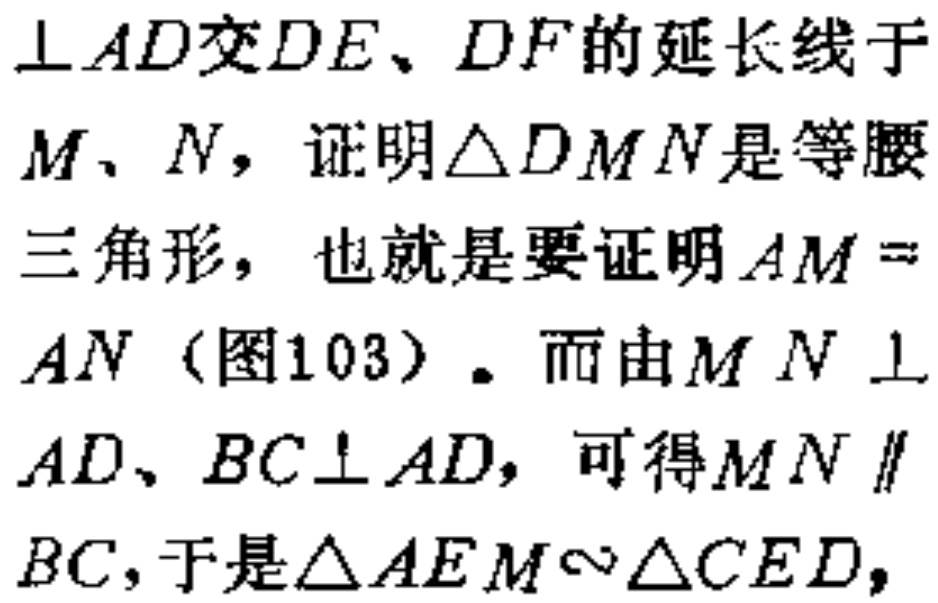
$\perp AD交DE、DF的延长线于$

$M、N，证明\triangle DMN是等腰$

$三角形，也就是要证明AM=$

$AN（图103）。而由MN\perp$

$AD、BC\perp AD，可得MN\parallel$

$BC，于是\triangle AEM\sim\triangle CED，$